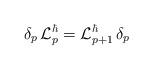
LaTeX: \begin{align*}\delta_p \, {\cal L}_p^\hbar = {\cal L}_{p+1}^\hbar \, \delta_p\end{align*}